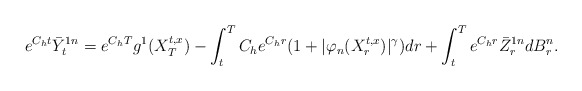
\begin{align*}e^{C_h t}\bar Y_t^{1n}= e^{C_h T} g^1(X_T^{t,x})-\int_t^T C_he^{C_h r}(1+|\varphi_n(X_r^{t,x})|^\gamma)dr+\int_t^T e^{C_h r} \bar Z_r^{1n}dB_r^n.\end{align*}